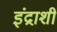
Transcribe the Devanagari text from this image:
इंद्राशी